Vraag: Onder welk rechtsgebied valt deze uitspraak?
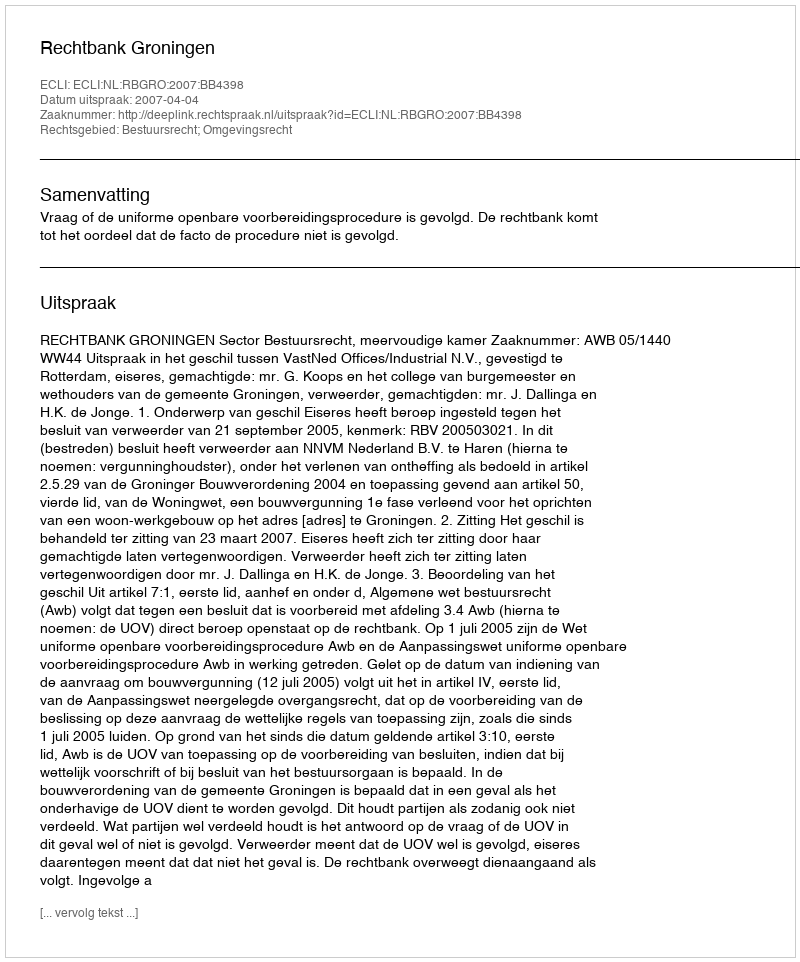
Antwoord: Bestuursrecht; Omgevingsrecht